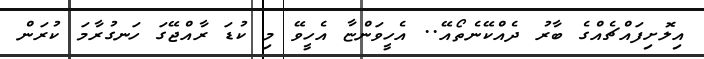
އިލޮށިފައްޗެއްގެ ބާރު ދެއްކޭނެތޯއޭ.. އެހީވަންޏާ އެހީވޭ މި ކުޑަ ރާއްޖޭގަ ހަނގުރާމަ ކުރަން